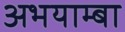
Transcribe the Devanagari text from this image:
अभयाम्बा